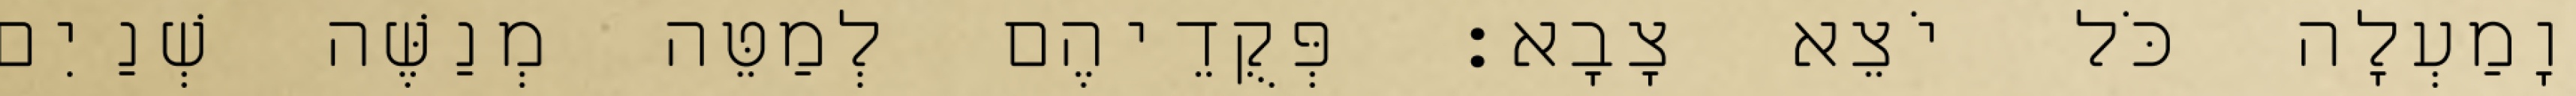
וָמַעְלָה כֹּל יֹצֵא צָבָא׃ פְּקֻדֵיהֶם לְמַטֵּה מְנַשֶּׁה שְׁנַיִם